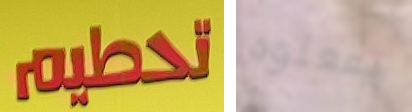
تحطيم يفعلوه